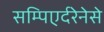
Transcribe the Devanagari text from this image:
सम्पिएर्दरेनेसे